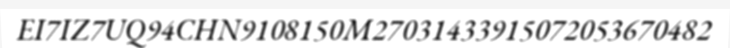
EI7IZ7UQ94CHN9108150M27031433915072053670482